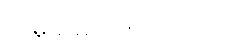
အမှုထမ်းခဲ့ကြပါတယ်။